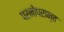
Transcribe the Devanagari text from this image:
परनोपरान्त